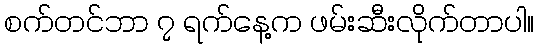
စက်တင်ဘာ ၇ ရက်နေ့က ဖမ်းဆီးလိုက်တာပါ။